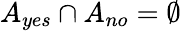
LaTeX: A_{yes}\cap A_{no}=\emptyset